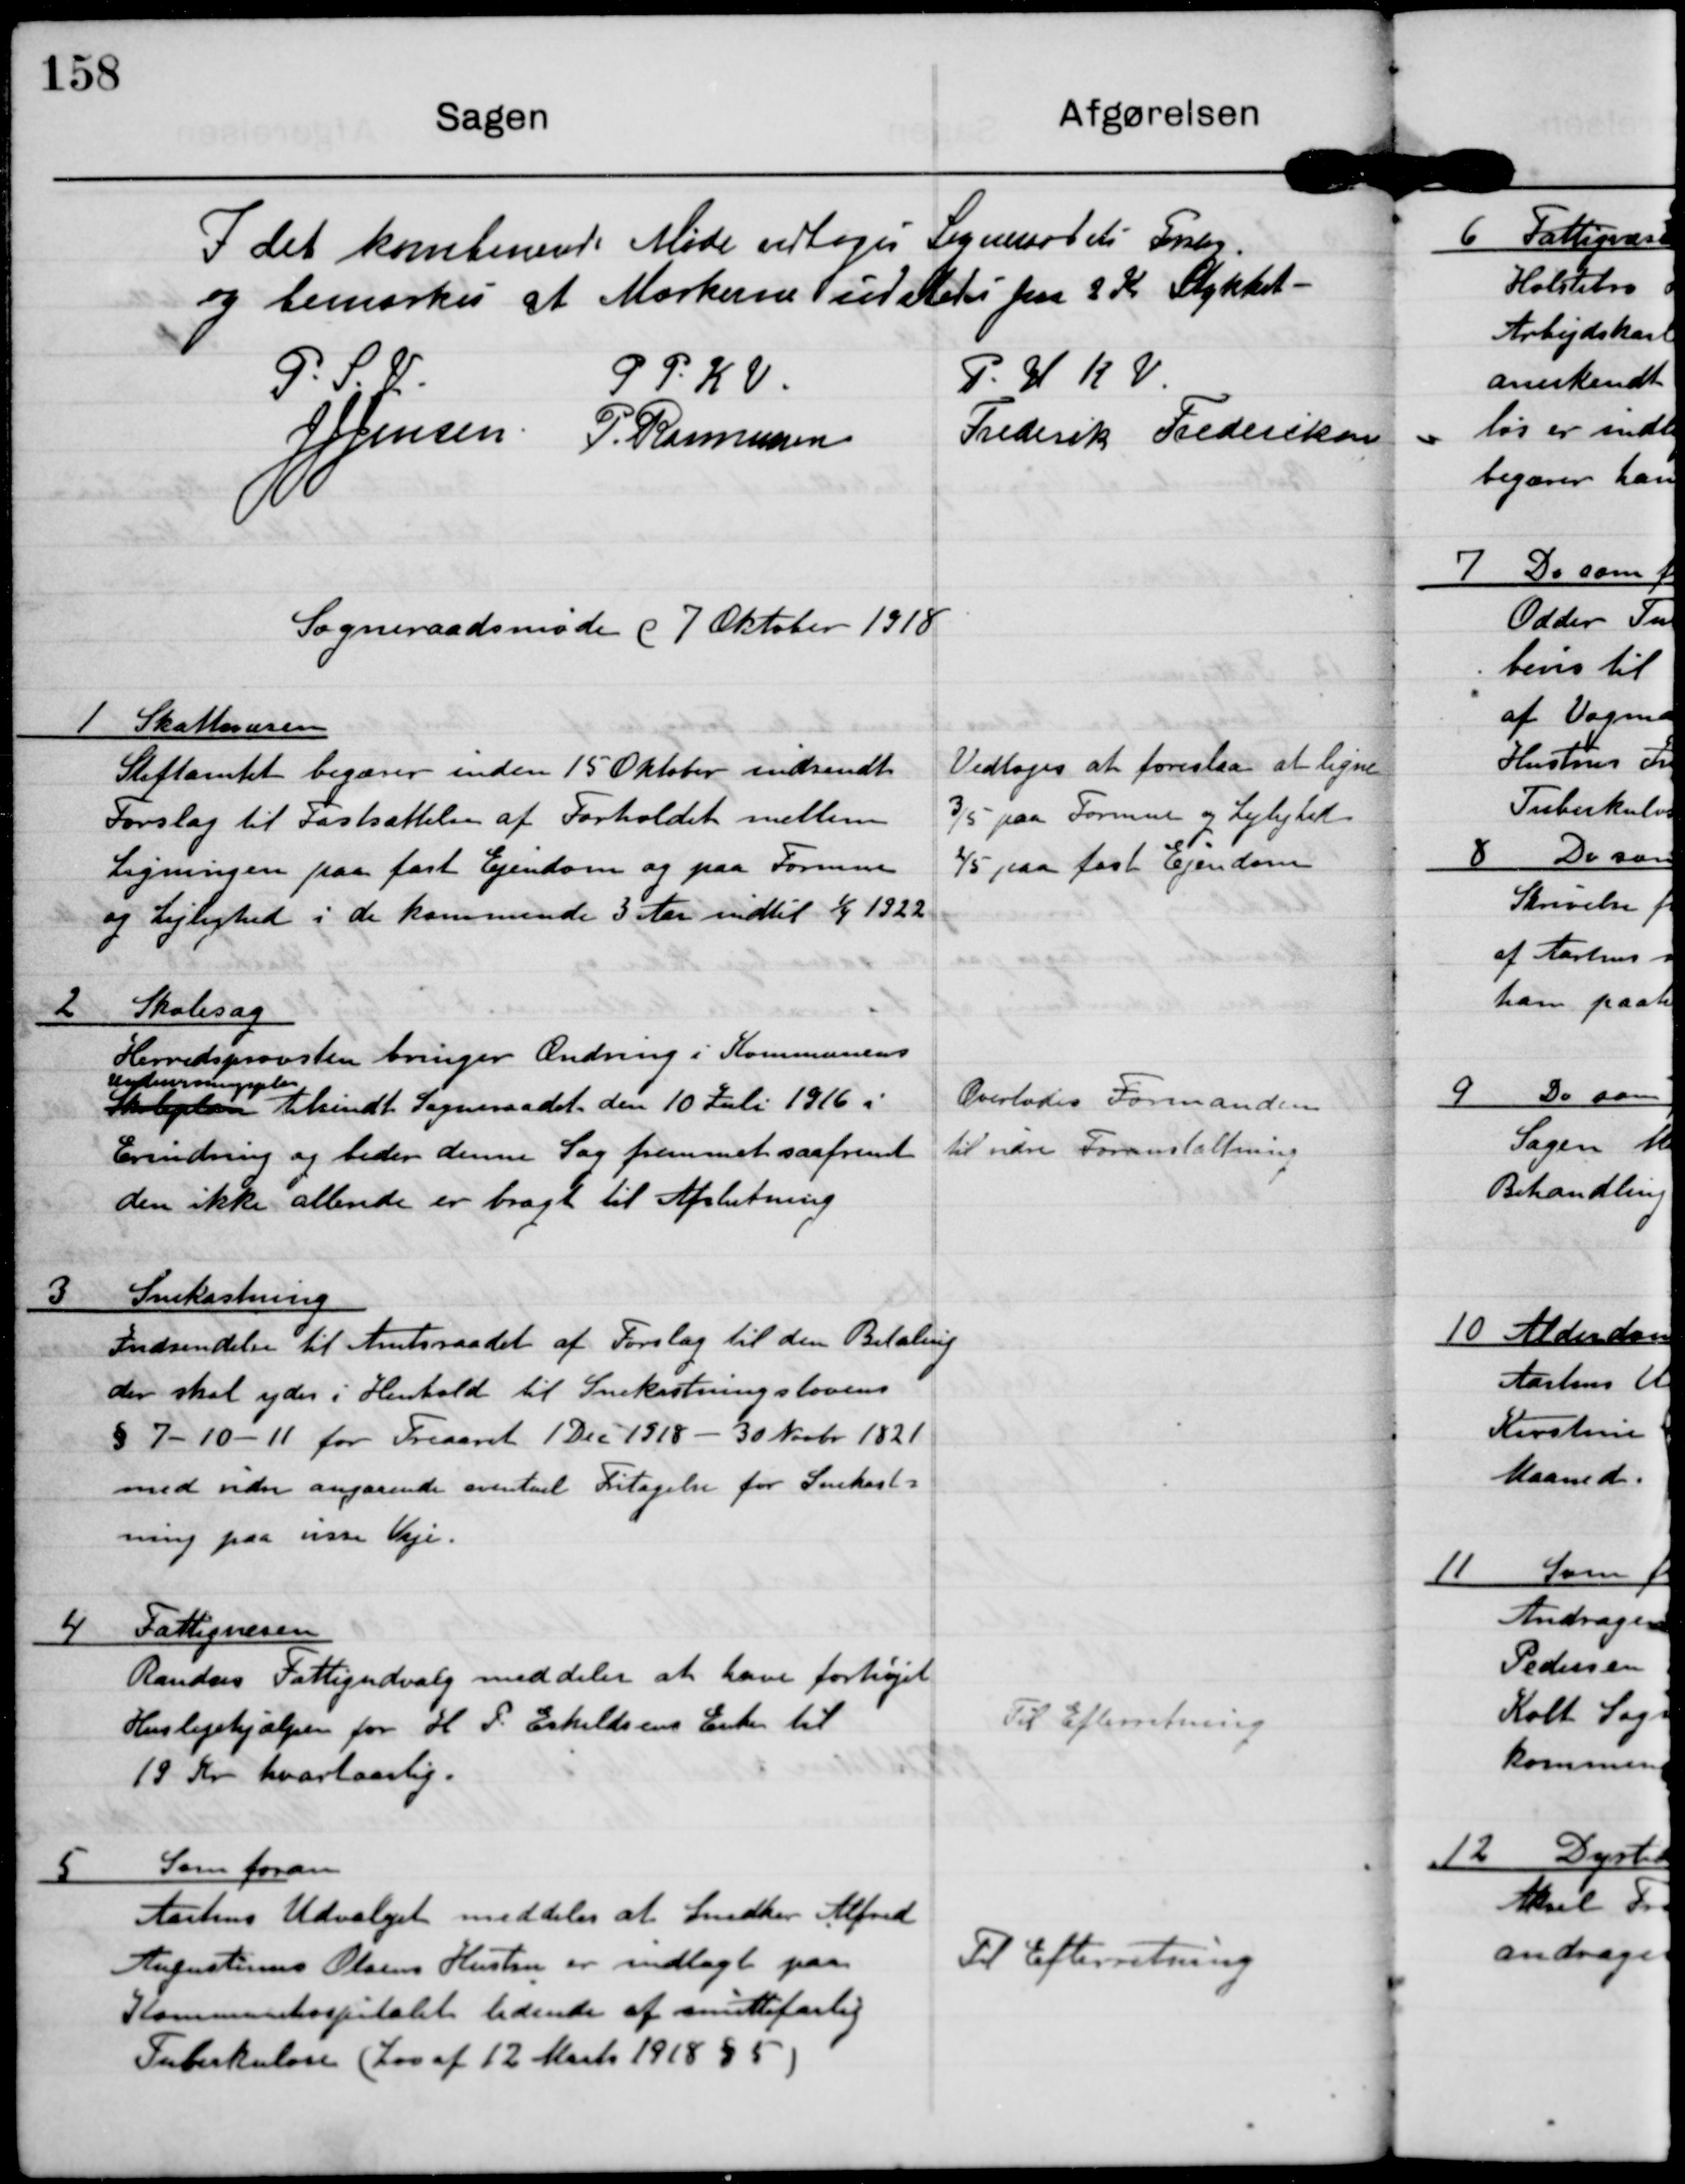
Transskription:
I det kombinerede Møde vedtoges Sogneraadets Forslag
og bemærker at Mærkerne uddeles paa 2 Kr Stykket.

P. S. V.
J J Jensen

P P K V
P. Rasmussen

P H K V
Frederik Frederiksen

Sogneraadsmøde d 7 Oktober 1918

1 Skattevæsen
Stiftamtet begærer inden 15 Oktober indsendt
Forslag til Fastsættelse af Forholdet mellem
Ligningen paa fast Ejendom og paa Formue
og Lejlighed i de kommende 3 Aar indtil 1/4 1922

Vedtoges at foreslaa at ligne
3/5 paa Formue og Lejlighed
2/5 paa fast Ejendom

2 Skolesag
Herredsprovsten bringer Ændring i Kommunens
Undervisningsplan
Skoleplan tilsendt Sogneraadet den 10 Juli 1916 i
Erindring og beder denne Sag fremmet saafremt
den ikke allerede er bragt til Afslutning

Overlodes Formanden
til vidre Foranstaltning

3 Snekastning
Indsendelse til Amtsraadet af Forslag til den Betaling
der skal ydes i Henhold til Snekastningslovens
§ 7-10-11 for Treaaret 1 Dec 1918 - 30 Novbr 1821
med vidre angaaende eventuel Fritagelse for Snekast-
ning paa visse Veje.

4 Fattigvæsen
Randers Fattigudvalg meddeler at have forhøjet
Huslejehjælpen for H P Eskildsens Enke til
19 Kr kvartaarlig

Til Efterretning

5 Som foran
Aarhus Udvalget meddeler at Snedker Alfred
Augustinus Olsens Hustru er indlagt paa
Kommunehospitalet lidende af smittefarlig
Tuberkulose (Lov af 12 Marts 1918 § 5)

Til Efterretning